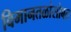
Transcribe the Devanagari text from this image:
विमानतळांसोबत